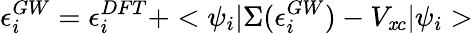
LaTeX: \epsilon_{i}^{GW}=\epsilon_{i}^{DFT}+<\psi_{i}|\Sigma(\epsilon_{i}^{GW})-V_{\mathit{x}c}|\psi_{i}>